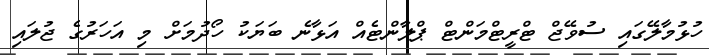
ހުޅުމާލޭގައި ސުވޭޖް ޓްރީޓްމަންޓް ޕްލާންޓެއް އަޅާނެ ބަޔަކު ހޯދުމަށް މި އަހަރުގެ ޖުލައި